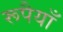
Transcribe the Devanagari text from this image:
रूपैयाँ